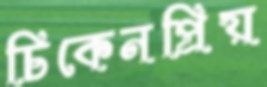
চিকেনপ্রিয়